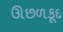
ઊછળકૂદ